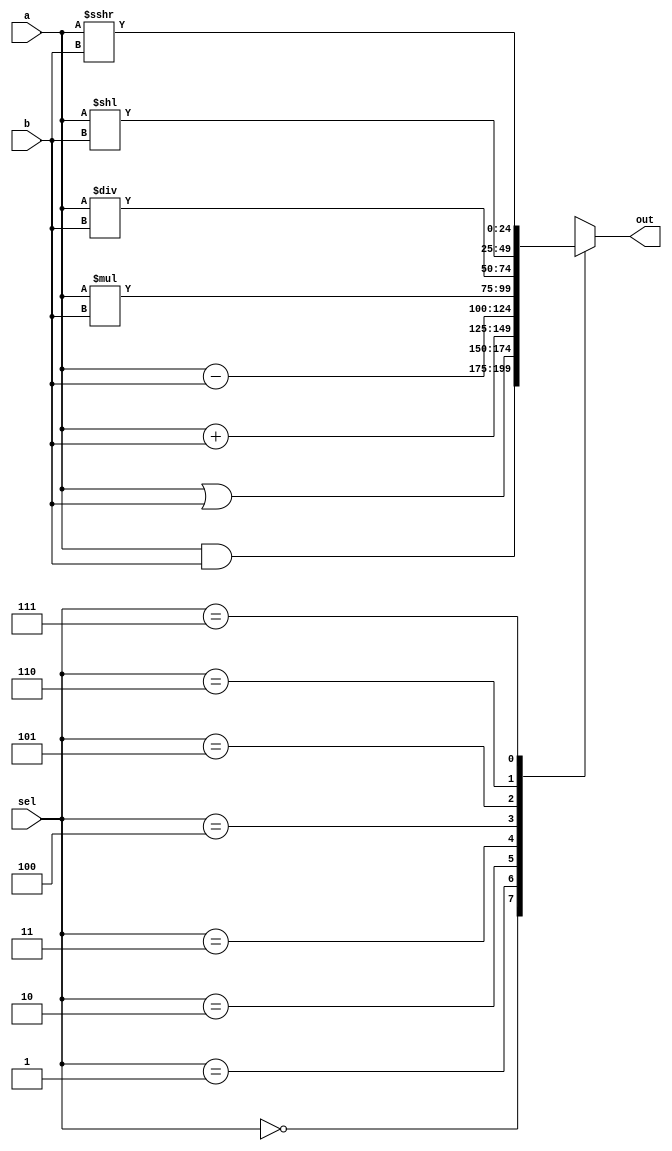
`timescale 1ns / 1ps
module ALU(a,b,sel,out);
	 input [24:0] a;
	 input [24:0] b;
	 input [2:0] sel;
	 output reg [24:0] out;
	 
	 always @(sel,a,b)
	 begin
		case(sel)
			3'b 000: out = a&b;
			3'b 001: out = a|b;
			3'b 010: out = a+b;
			3'b 011: out = a-b;
			3'b 100: out = a*b;
			3'b 101: out = a/b;
			3'b 110: out = (a<<b);
			3'b 111: out = (a>>>b);
		endcase
	 end


endmodule